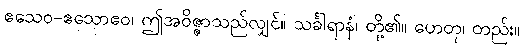
ဧသေဝ-ဧသောဧဝ၊ ဤအဝိဇ္ဇာသည်လျှင်။ သင်္ခါရာနံ၊ တို့၏။ ဟေတု၊ တည်း။